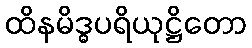
ထိနမိဒ္ဓပရိယုဋ္ဌိတော